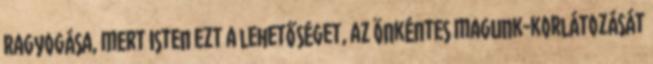
ragyogása, mert Isten ezt a lehetőséget, az önkéntes magunk-korlátozását